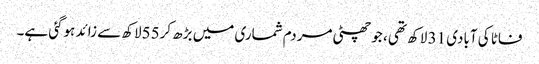
فاٹا کی آبادی 31 لاکھ تھی ، جو چھٹی مردم شماری میں بڑھ کر55لاکھ سے زائد ہوگئی ہے۔